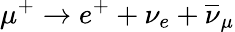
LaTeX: \mu^{+}\rightarrow e^{+}+\nu_{e}+\overline{{\nu}}_{\mu}